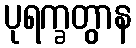
ပုရက္ခတွာန